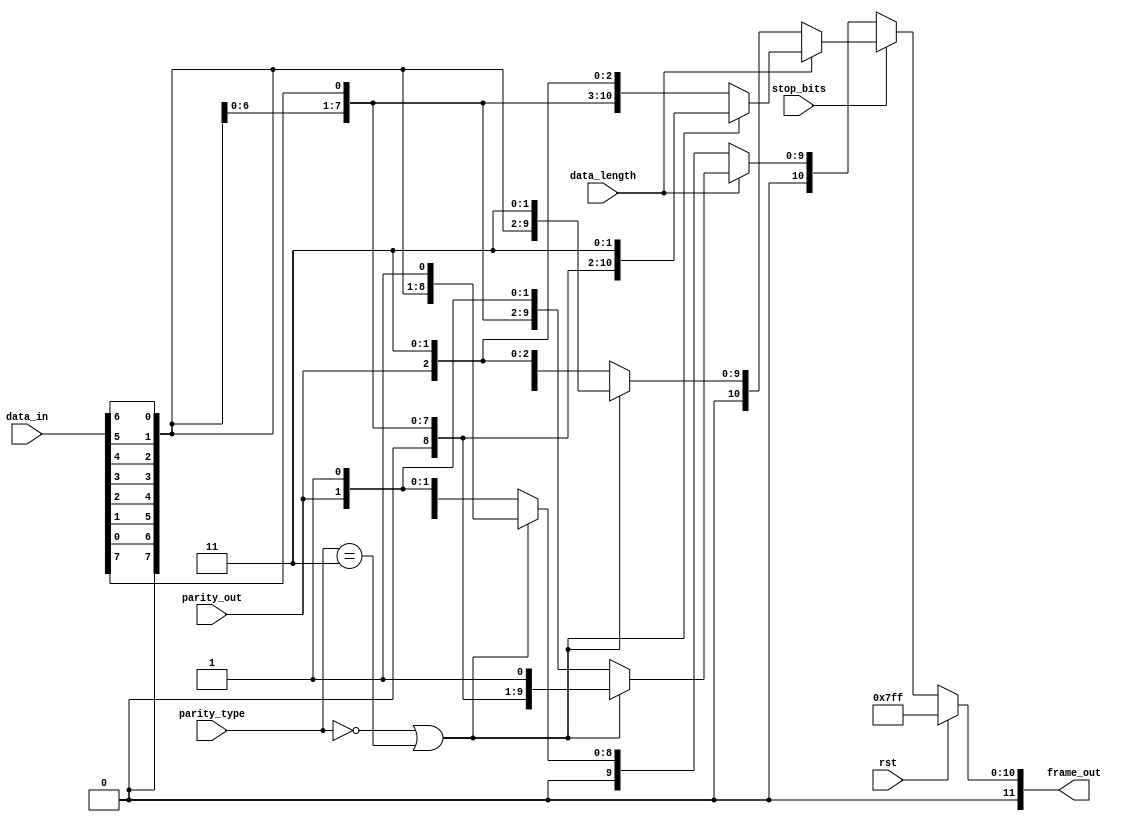
// frame
module frame_gen (rst, data_in, parity_out, parity_type, stop_bits, data_length, frame_out);
input rst,data_length,stop_bits,parity_out;
input [7:0] data_in;input [1:0] parity_type;
output reg [11:0] frame_out;
wire stop=1;
wire start_bit=0;
reg [7:0]data_in_internal;
always @(*) begin
  data_in_internal<={data_in[0],data_in[1],data_in[2],data_in[3]// reversing the data_in
                     ,data_in[4],data_in[5],data_in[6],data_in[7]};
  if(rst) begin
    frame_out <=11'd2047;//idle all bits are one
  end
  else begin
    if(stop_bits)begin// adding 2 stop bits
      if(data_length)begin// check the length
        if(parity_type==2'b00 || parity_type==2'b11)// check parity
          frame_out <= {start_bit,data_in_internal,stop,stop};
        else frame_out <= {start_bit,data_in_internal,parity_out,stop,stop};
      end
      else begin
        if(parity_type==2'b00 || parity_type==2'b11)
          frame_out <= {start_bit,data_in_internal[7:1],stop,stop};
        else frame_out <= {start_bit,data_in_internal[7:1],parity_out,stop,stop};
      end
    end
  else begin
    if(data_length)begin
        if(parity_type==2'b00 || parity_type==2'b11)
          frame_out <= {start_bit,data_in_internal,stop};
        else frame_out <= {start_bit,data_in_internal,parity_out,stop};
      end
      else begin
        if(parity_type==2'b00 || parity_type==2'b11)
          frame_out <= {start_bit,data_in_internal[7:1],stop};
        else frame_out <= {start_bit,data_in_internal[7:1],parity_out,stop};
      end
  end
  end
end
endmodule